Kohila_vallavalitsus, lk 34
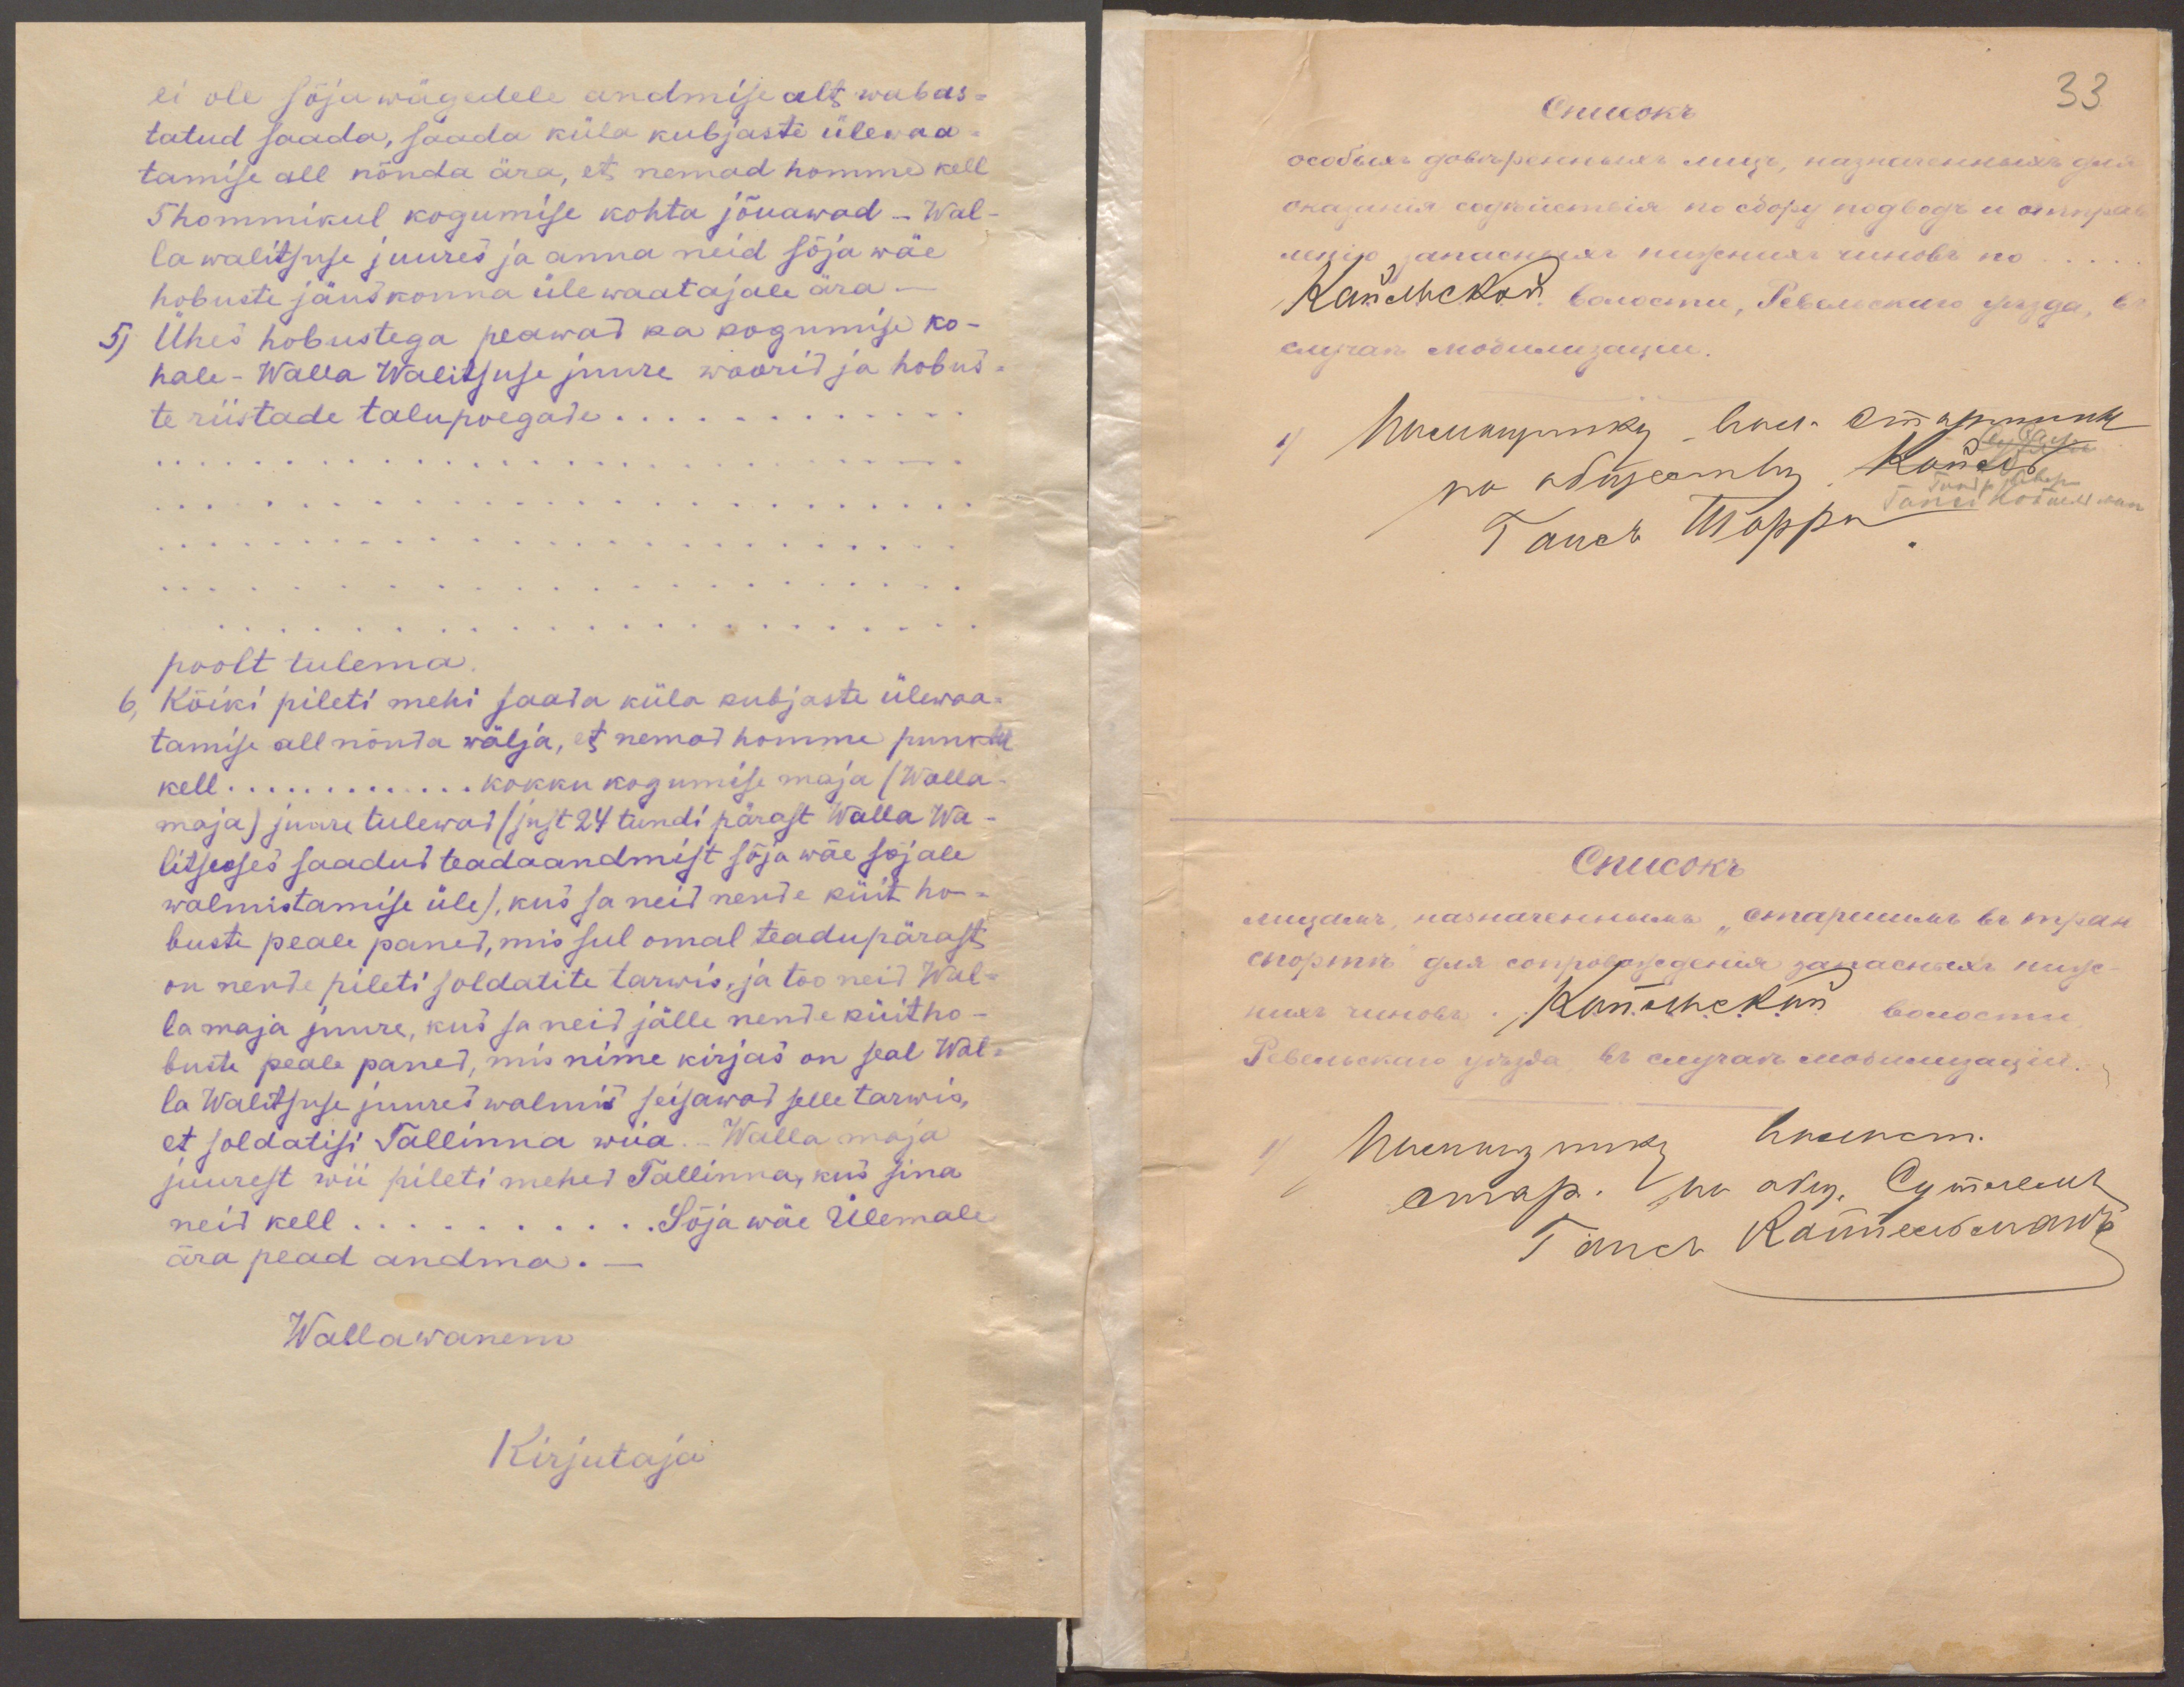
ei ole sõjawägedele andmise alt wabas-
tatud saada, saada küla kubjaste ülewaa-
tamise all nõnda ära, et nemad homme kell
5 hommikul kogumise kohta jõuawad - Wal-
la walitsuse juures ja anna neid sõja wäe
hobuste jäuskonna ülewaatajale ära -
5) Ühes hobustega peawad ka kogumise ko-
hale - Walla Walitsuse juure woorid ja hobus-
te riistade talupoegade .......
poolt tulema.
6, Kõiki pileti mehi saada küla kubjaste ülewaa-
tamise all nõnda wälja, et nemad homme punkt
kell ................... kokku kogumise maja (Walla-
maja) juure tulewad (just 24 tundi pärast Walla Wa-
litsuses saadub teadaandmist sõja wäe sojale
walmistamise üle), kus sa neid nende küit ho-
buste peale paned, mis sul omal teadupärast
on nende pileti soldatite tarwis, ja too neid Wal-
la maja juure, kus sa neid jälle nende küitho-
buste peale paned, mis nime kirjas on seal Wal-
la Walitsuse juures walmis seisawad selle tarwis,
et soldatisi Tallinna wiia. - Walla maja
juurest wii pileti mehed Tallinna, kus sina
neid kell .... Sõja wäe Ülemale
ära pead andma. -
Wallawanem
Kirjutaja